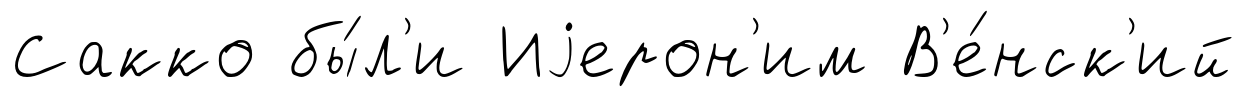
Сакко бы́л'и Иjерон'им В'е́нск'ий